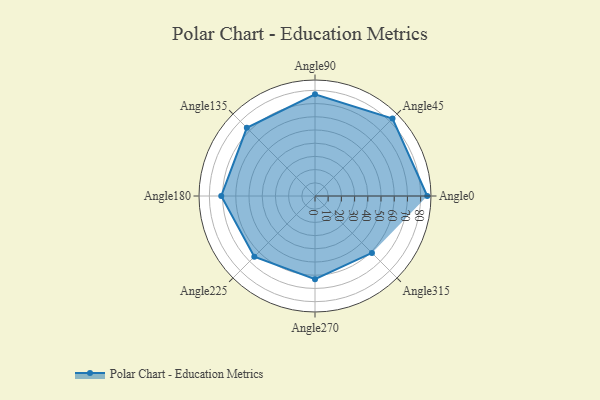
{"axis": {"x": "Angle", "y": "Radius"}, "legend": [""], "data": [{"x": "Angle0", "y": 85.0, "type": ""}, {"x": "Angle45", "y": 83.0, "type": ""}, {"x": "Angle90", "y": 77.0, "type": ""}, {"x": "Angle135", "y": 73.0, "type": ""}, {"x": "Angle180", "y": 71.0, "type": ""}, {"x": "Angle225", "y": 65.0, "type": ""}, {"x": "Angle270", "y": 63.0, "type": ""}, {"x": "Angle315", "y": 61.0, "type": ""}]}